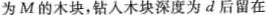
为M的木块，钻入木块深度为d后留在